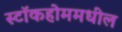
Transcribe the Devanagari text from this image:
स्टॉकहोममधील